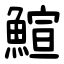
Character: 鰚